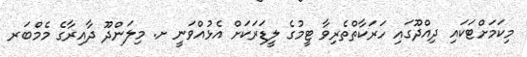
މިކަމަށްޓަކައި ދިއްދޫގައި ހަރަކާތްތެރިވާ ޓީމުގެ ލީޑަރަކަށް އެޅުއްވަނީ ށ. މިލަންދޫ ދާއިރާގެ މެމްބަރ